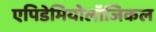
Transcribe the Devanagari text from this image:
एपिडेमियोलॉजिकल